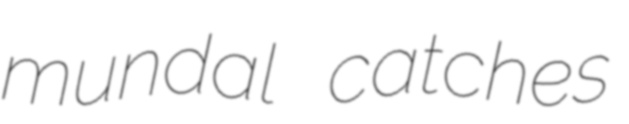
mundal catches